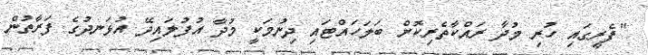
"ފެރީގައި ހުރި މުދާ ރައްކާތެރިކޮށް ބަލަހައްޓައި ދިނުމަކީ މުދާ އުފުލައިދޭ އުޅަނދުގެ ފަރާތުން